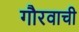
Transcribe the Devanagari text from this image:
गौरवाची